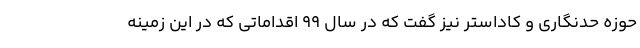
حوزه حدنگاری و کاداستر نیز گفت که در سال ۹۹ اقداماتی که در این زمینه